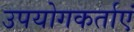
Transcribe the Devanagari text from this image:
उपयोगकर्ताएं